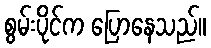
စွမ်းပိုင်က ပြောနေသည်။